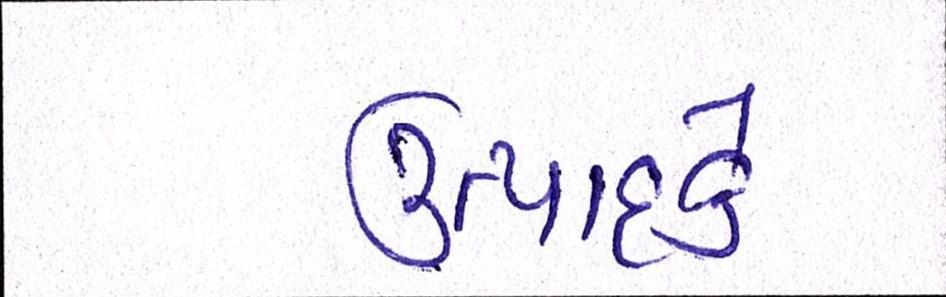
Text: ઉત્પાદકે